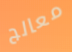
معالج